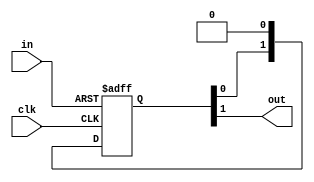
// This program was cloned from: https://github.com/IObundle/iob-lib
// License: MIT License

`timescale 1ns / 1ps

module iob_f2s_1bit_sync
  (
   input  clk,
   input  in,
   output out
   );

   reg [1:0] sync;
   always @(posedge clk, posedge in) begin
      if (in) begin
         sync <= 2'b11;
      end else begin
         sync <= {sync[0], 1'b0};
      end
   end

   assign out = sync[1];

endmodule